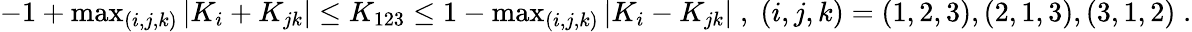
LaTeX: \begin{array}{r}{-1+\operatorname*{max}_{(i,j,k)}\vert K_{i}+K_{jk}\vert\le K_{123}\le 1-\operatorname*{max}_{(i,j,k)}\vert K_{i}-K_{jk}\vert\; ,\; (i,j,k)=(1,2,3),(2,1,3),(3,1,2)\; .}\end{array}